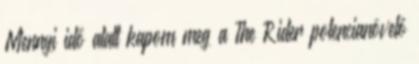
Mennyi idő alatt kapom meg a The Rider potencianövelő